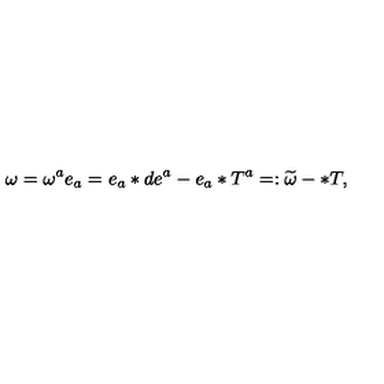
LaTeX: \omega = \omega ^ { a } e _ { a } = e _ { a } \ast d e ^ { a } - e _ { a } \ast T ^ { a } = : \widetilde { \omega } - \ast T ,